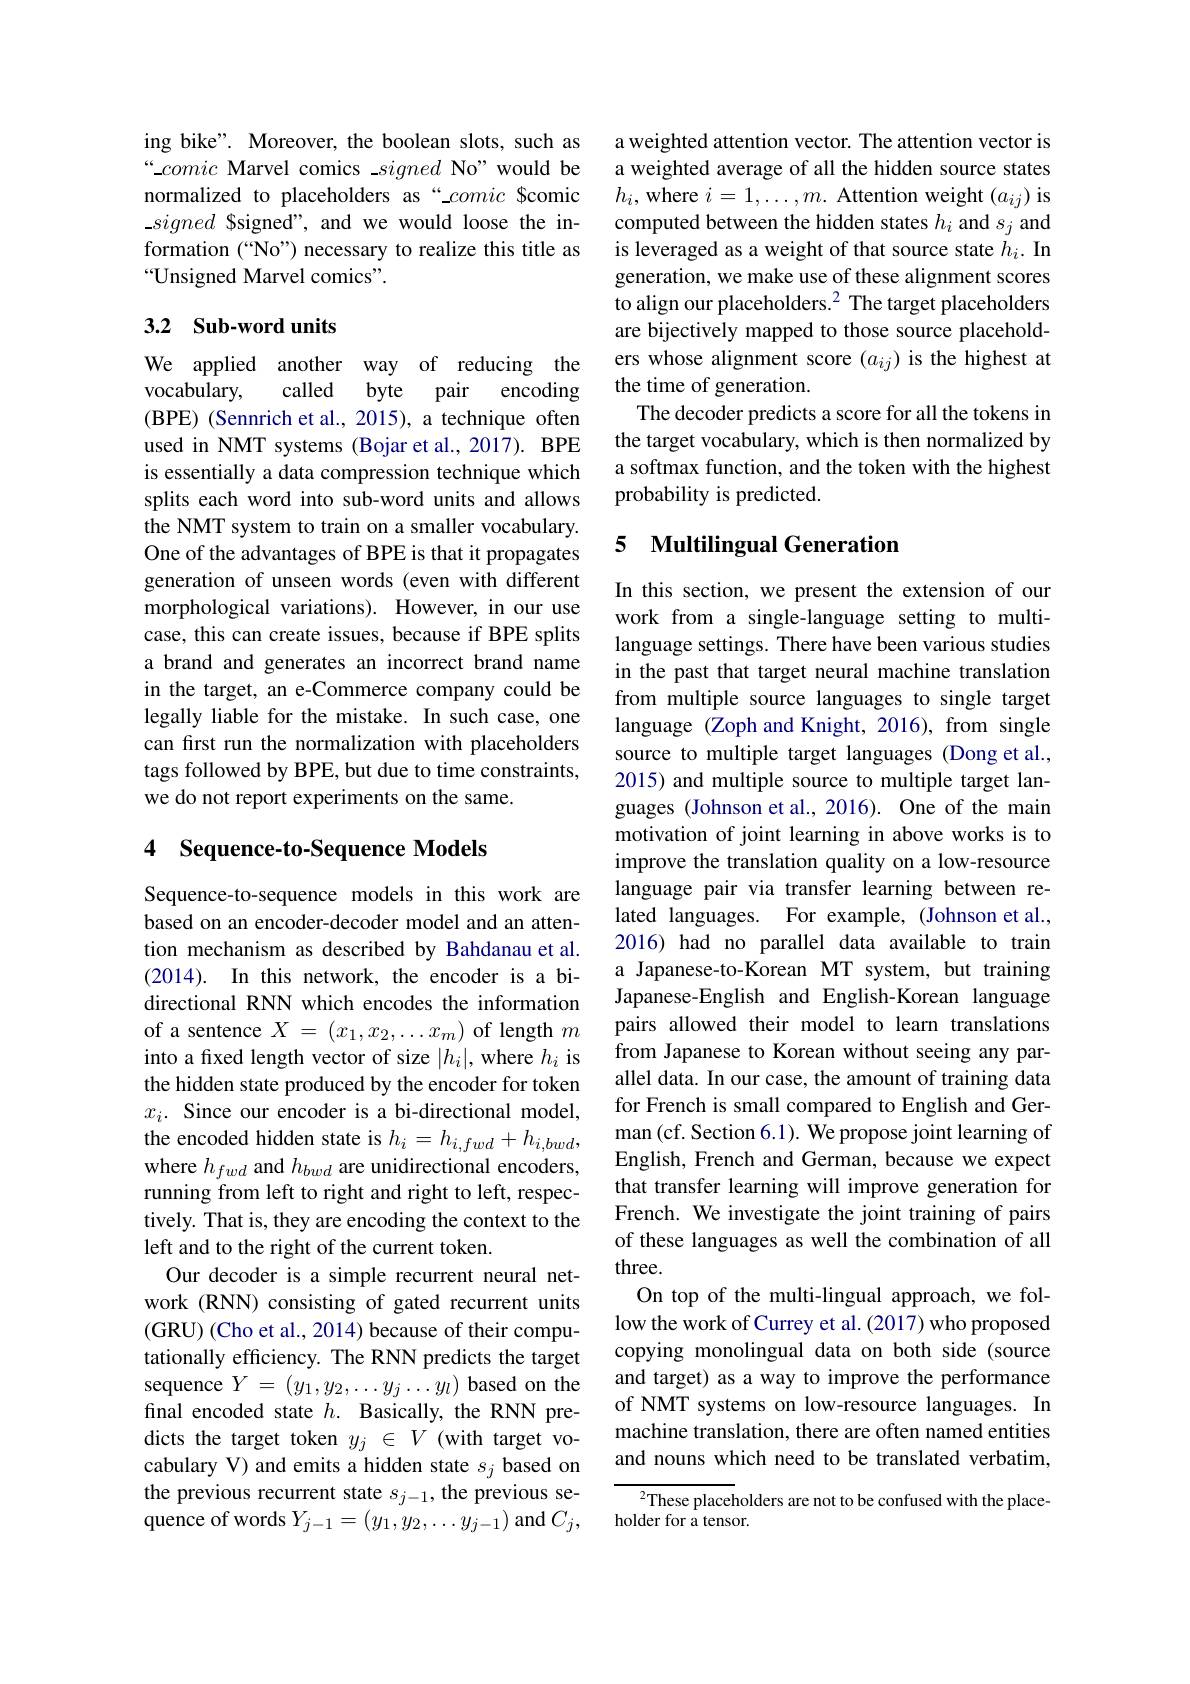
ing bike". Moreover, the boolean slots, such as $“\_comic$ Marvel comics $\_signed$ No" would be normalized to placeholders as“comic Scomic $\_signed$ Ssigned", and we would loose the information (“No”) necessary to realize this title as “Unsigned Marvel comics".

### 3.2 Sub-word units

We applied another way of reducing the
vocabulary,
called byte pair encoding
(BPE) (Sennrich et al., 2015), a technique often used in NMT systems (Bojar et al., 2017). BPE is essentially a data compression technique which splits each word into sub-word units and allows the NMT system to train on a smaller vocabulary. One of the advantages of BPE is that it propagates generation of unseen words (even with different morphological variations). However, in our use case, this can create issues, because if BPE splits a brand and generates an incorrect brand name in the target, an e-Commerce company could be legally liable for the mistake. In such case, one can first run the normalization with placeholders tags followed by BPE, but due to time constraints, we do not report experiments on the same.

## 4 Sequence-to-Sequence Models

Sequence-to-sequence models in this work are based on an encoder-decoder model and an attention mechanism as described by Bahdanau et al. (2014). In this network, the encoder is a bidirectional RNN which encodes the information of a sentence $X=(x_1,x_2,\ldots x_m)$ of length $m$ into a fixed length vector of size $|h_i|$, where $h_i$ is the hidden state produced by the encoder for token $x_i.$ Since our encoder is a bi-directional model, the encoded hidden state is $h_i=h_{i,fwd}+h_{i,bwd}$, where $h_{fwd}$ and $h_bwd$ are unidirectional encoders, running from left to right and right to left, respectively. That is, they are encoding the context to the left and to the right of the current token.
Our decoder is a simple recurrent neural network (RNN) consisting of gated recurrent units (GRU) (Cho et al., 2014) because of their computationally efficiency. The RNN predicts the target sequence $Y=(y_1,y_2,\ldots y_j\ldots y_l)$ based on the final encoded state $h.$ Basically, the RNN predicts the target token $y_j\in V$ (with target vocabulary V) and emits a hidden state $s_j$ based on the previous recurrent state $s_j-1$, the previous sequence of words $Y_j-1=(y_1,y_2,\ldots y_{j-1})$ and $C_j$,

a weighted attention vector. The attention vector is a weighted average of all the hidden source states $h_{i}$, where $i=1,\ldots,m.$ Attention weight $(a_{ij})$ is computed between the hidden states $h_i$ and $s_j$ and is leveraged as a weight of that source state $h_i.$ In generation, we make use of these alignment scores to align our placeholders.$^{2}$ The target placeholders are bijectively mapped to those source placeholders whose alignment score $(a_{ij})$ is the highest at the time of generation.
The decoder predicts a score for all the tokens in the target vocabulary, which is then normalized by a softmax function, and the token with the highest probability is predicted.

## 5 Multilingual Generation

In this section, we present the extension of our work from a single-language setting to multilanguage settings. There have been various studies in the past that target neural machine translation from multiple source languages to single target language (Zoph and Knight, 2016), from single source to multiple target languages (Dong et al., 2015) and multiple source to multiple target languages (Johnson et al., 2016). One of the main motivation of joint learning in above works is to improve the translation quality on a low-resource language pair via transfer learning between related languages. For example, (Johnson et al., 2016) had no parallel data available to train a Japanese-to-Korean MT system, but training Japanese-English and English-Korean language pairs allowed their model to learn translations from Japanese to Korean without seeing any parallel data. In our case, the amount of training data for French is small compared to English and German (cf. Section 6.1). We propose joint learning of English, French and German, because we expect that transfer learning will improve generation for French. We investigate the joint training of pairs of these languages as well the combination of all three.
On top of the multi-lingual approach, we follow the work of Currey et al. (2017) who proposed copying monolingual data on both side (source and target) as a way to improve the performance of NMT systems on low-resource languages. In machine translation, there are often named entities and nouns which need to be translated verbatim,
$^{2}$These placeholders are not to be confused with the place-

holder for a tensor.